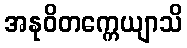
အနုဝိတက္ကေယျာသိ